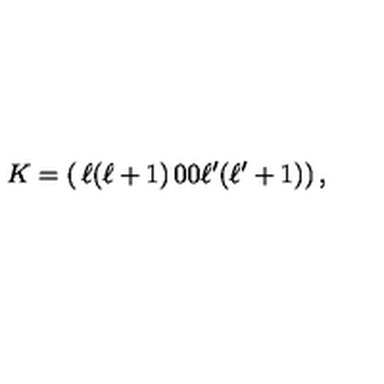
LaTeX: K = \left( \begin{matrix} { \ell ( \ell + 1 ) } & { 0 } \\ { 0 } & { \ell ^ { \prime } ( \ell ^ { \prime } + 1 ) } \\ \end{matrix} \right) ,